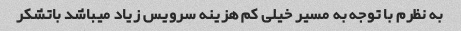
به نظرم با توجه به مسیر خیلی کم هزینه سرویس زیاد میباشد باتشکر